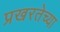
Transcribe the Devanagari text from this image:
प्रखरतेच्या